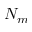
N _ { m }